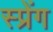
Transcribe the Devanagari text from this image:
स्प्रेंग